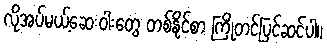
လိုအပ်မယ့်ဆေးဝါးတွေ တစ်နိုင်စာ ကြိုတင်ပြင်ဆင်ပါ။